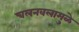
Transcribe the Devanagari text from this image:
चलनवलामुळे